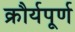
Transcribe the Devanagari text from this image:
क्रौर्यपूर्ण